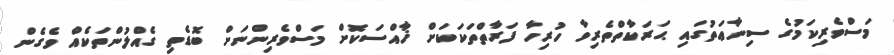
މަސްވެރިކަމުގެ ސިނާޢަތުގައި ޙަރަކާތްތެރިވާ ހުރިހާ ފަރާތްތަކަކަށް ޚާއްސަކޮށް މަސްވެރިންނަށް ބޮޑެތި ގެއްލުންތަކެއް ވެގެން